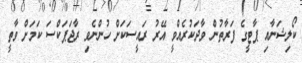
ކޯލިޝަނާއި ޕާޓީގެ ފަރާތުން ވާދަކުރެއްވީ އޭރު ރައީސަކަށް ހުންނެވި ރާޖަޕަކްސަ ކަމަށް ވާތީ